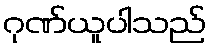
ဂုဏ်ယူပါသည်